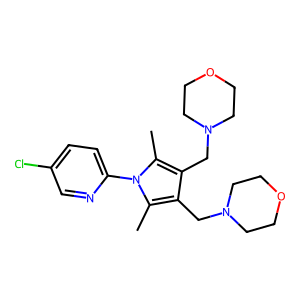
SMILES: Cc1c(CN2CCOCC2)c(CN2CCOCC2)c(C)n1-c1ccc(Cl)cn1
Inhibits HIV replication: No